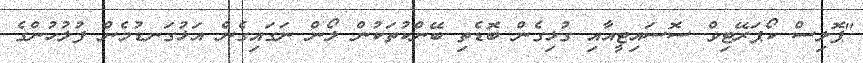
"ޕޮލިސް ކޯޕަރޭޓިވް ސޮސައިޓީއާއި ގުޅިގެން ބޮޑެތި ބޭންކުތަކުން ލޯން ނަގައިގެން އަޅުގަނޑުމެން ފުލުހުންގެ